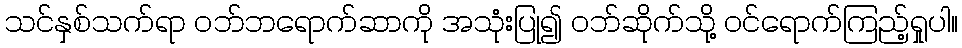
သင်နှစ်သက်ရာ ဝဘ်ဘရောက်ဆာကို အသုံးပြု၍ ဝဘ်ဆိုက်သို့ ဝင်ရောက်ကြည့်ရှုပါ။